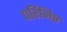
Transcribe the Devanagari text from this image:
परिनिष्ठ